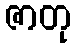
ဇာတု